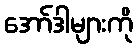
အော်ဒါများကို